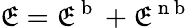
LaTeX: \mathfrak{E}=\mathfrak{E}^{\mathrm{{~b~}}}+\mathfrak{E}^{\mathrm{{~n~b~}}}